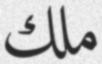
ملك